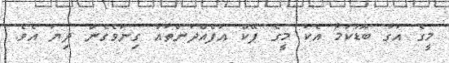
މީގެ އަގު ބޮޑުކަމާ އެކު މީގެ ފޭކް އުފެއްދުންތައް ގިނަވެގެން ދިޔަ އެވެ.